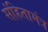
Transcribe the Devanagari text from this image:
संहितामंत्र